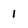
Character: i